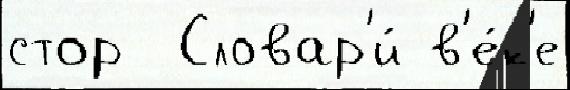
стор  Словар'и́ в'е́к'е